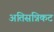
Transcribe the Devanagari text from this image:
अतिसन्निकट